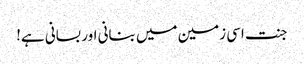
جنت اسی زمین میں بنانی اور بسانی ہے!